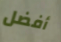
أفضل